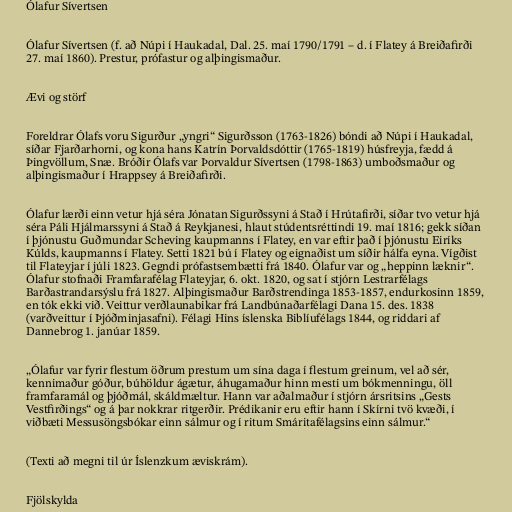
Ólafur Sívertsen

Ólafur Sívertsen (f. að Núpi í Haukadal, Dal. 25. maí 1790/1791 – d. í Flatey á Breiðafirði
27. maí 1860). Prestur, prófastur og alþingismaður.

Ævi og störf

Foreldrar Ólafs voru Sigurður „yngri“ Sigurðsson (1763-1826) bóndi að Núpi í Haukadal,
síðar Fjarðarhorni, og kona hans Katrín Þorvaldsdóttir (1765-1819) húsfreyja, fædd á
Þingvöllum, Snæ. Bróðir Ólafs var Þorvaldur Sívertsen (1798-1863) umboðsmaður og
alþingismaður í Hrappsey á Breiðafirði.

Ólafur lærði einn vetur hjá séra Jónatan Sigurðssyni á Stað í Hrútafirði, síðar tvo vetur hjá
séra Páli Hjálmarssyni á Stað á Reykjanesi, hlaut stúdentsréttindi 19. maí 1816; gekk síðan
í þjónustu Guðmundar Scheving kaupmanns í Flatey, en var eftir það í þjónustu Eiríks
Kúlds, kaupmanns í Flatey. Setti 1821 bú í Flatey og eignaðist um síðir hálfa eyna. Vígðist
til Flateyjar í júli 1823. Gegndi prófastsembætti frá 1840. Ólafur var og „heppinn læknir“.
Ólafur stofnaði Framfarafélag Flateyjar, 6. okt. 1820, og sat í stjórn Lestrarfélags
Barðastrandarsýslu frá 1827. Alþingismaður Barðstrendinga 1853-1857, endurkosinn 1859,
en tók ekki við. Veittur verðlaunabikar frá Landbúnaðarfélagi Dana 15. des. 1838
(varðveittur í Þjóðminjasafni). Félagi Hins íslenska Biblíufélags 1844, og riddari af
Dannebrog 1. janúar 1859.

„Ólafur var fyrir flestum öðrum prestum um sína daga í flestum greinum, vel að sér,
kennimaður góður, búhöldur ágætur, áhugamaður hinn mesti um bókmenningu, öll
framfaramál og þjóðmál, skáldmæltur. Hann var aðalmaður í stjórn ársritsins „Gests
Vestfirðings“ og á þar nokkrar ritgerðir. Prédikanir eru eftir hann í Skírni tvö kvæði, í
viðbæti Messusöngsbókar einn sálmur og í ritum Smáritafélagsins einn sálmur.“

(Texti að megni til úr Íslenzkum æviskrám).

Fjölskylda